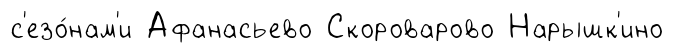
с'езо́нам'и Афанасьево Скороварово Нарышк'ино